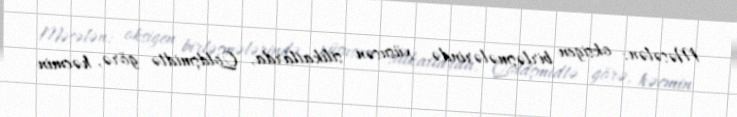
Məsələn: oksigen birləşmələrində, xüsusən silikatlarda, Qoldşmidtə görə, həcmin